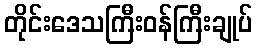
တိုင်းဒေသကြီးဝန်ကြီးချုပ်